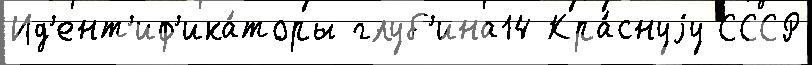
Ид'ент'иф'ика́торы глуб'ина14 Кра́снуjу СССР